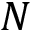
N